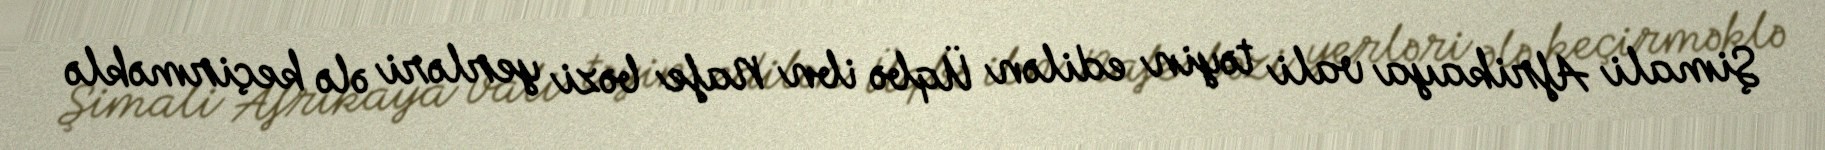
Şimali Afrikaya vali təyin edilən Üqbə ibn Nafe bəzi yerləri ələ keçirməklə